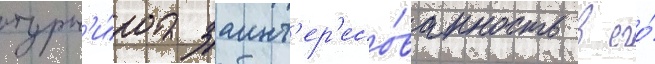
турн'и́ра заинт'ер'есо́ванность в его́